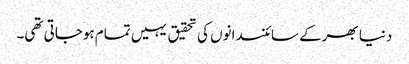
دنیا بھرکے سائنسدانوں کی تحقیق یہیں تمام ہوجاتی تھی۔